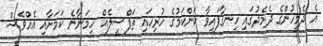
އެ ދެމީހުންގެ ދެމެދުގައި ހިނގާފައިވާ ކަންކަމުގެ ހުރިހައި ތަފްސީލެއް ހިމަނާނެ ކަމަށާއި އެއްވެސް